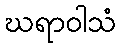
ဃရာဝါသံ